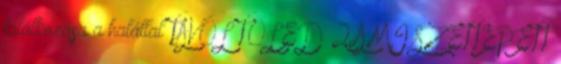
találkozása a halállal TÁVOL TŐLED 2 A MI SZÉTTÉPETT